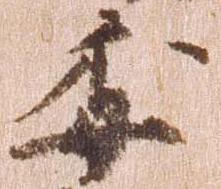
委